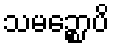
သမဉ္စောပိ